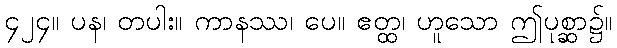
၄၂၄။ ပန၊ တပါး။ ကာနဿ၊ ပေ။ ဧတ္ထ၊ ဟူသော ဤပုစ္ဆာ၌။